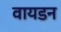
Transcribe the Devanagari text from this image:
वायडन